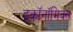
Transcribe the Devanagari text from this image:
इकॉनॉमिक्‍स